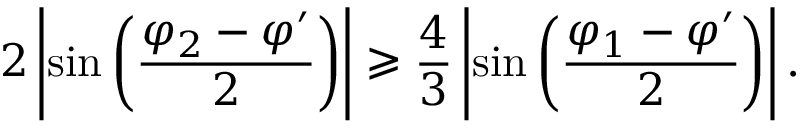
2 \left| \sin \left( \frac { \varphi _ { 2 } - \varphi ^ { \prime } } { 2 } \right) \right| \geqslant \frac { 4 } { 3 } \left| \sin \left( \frac { \varphi _ { 1 } - \varphi ^ { \prime } } { 2 } \right) \right| .